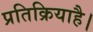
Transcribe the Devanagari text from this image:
प्रतिक्रियाहै।